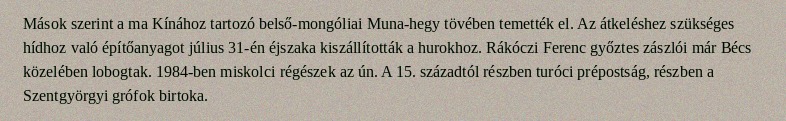
Mások szerint a ma Kínához tartozó belső-mongóliai Muna-hegy tövében temették el. Az átkeléshez szükséges hídhoz való építőanyagot július 31-én éjszaka kiszállították a hurokhoz. Rákóczi Ferenc győztes zászlói már Bécs közelében lobogtak. 1984-ben miskolci régészek az ún. A 15. századtól részben turóci prépostság, részben a Szentgyörgyi grófok birtoka.